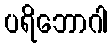
ပရိဘောဂါ